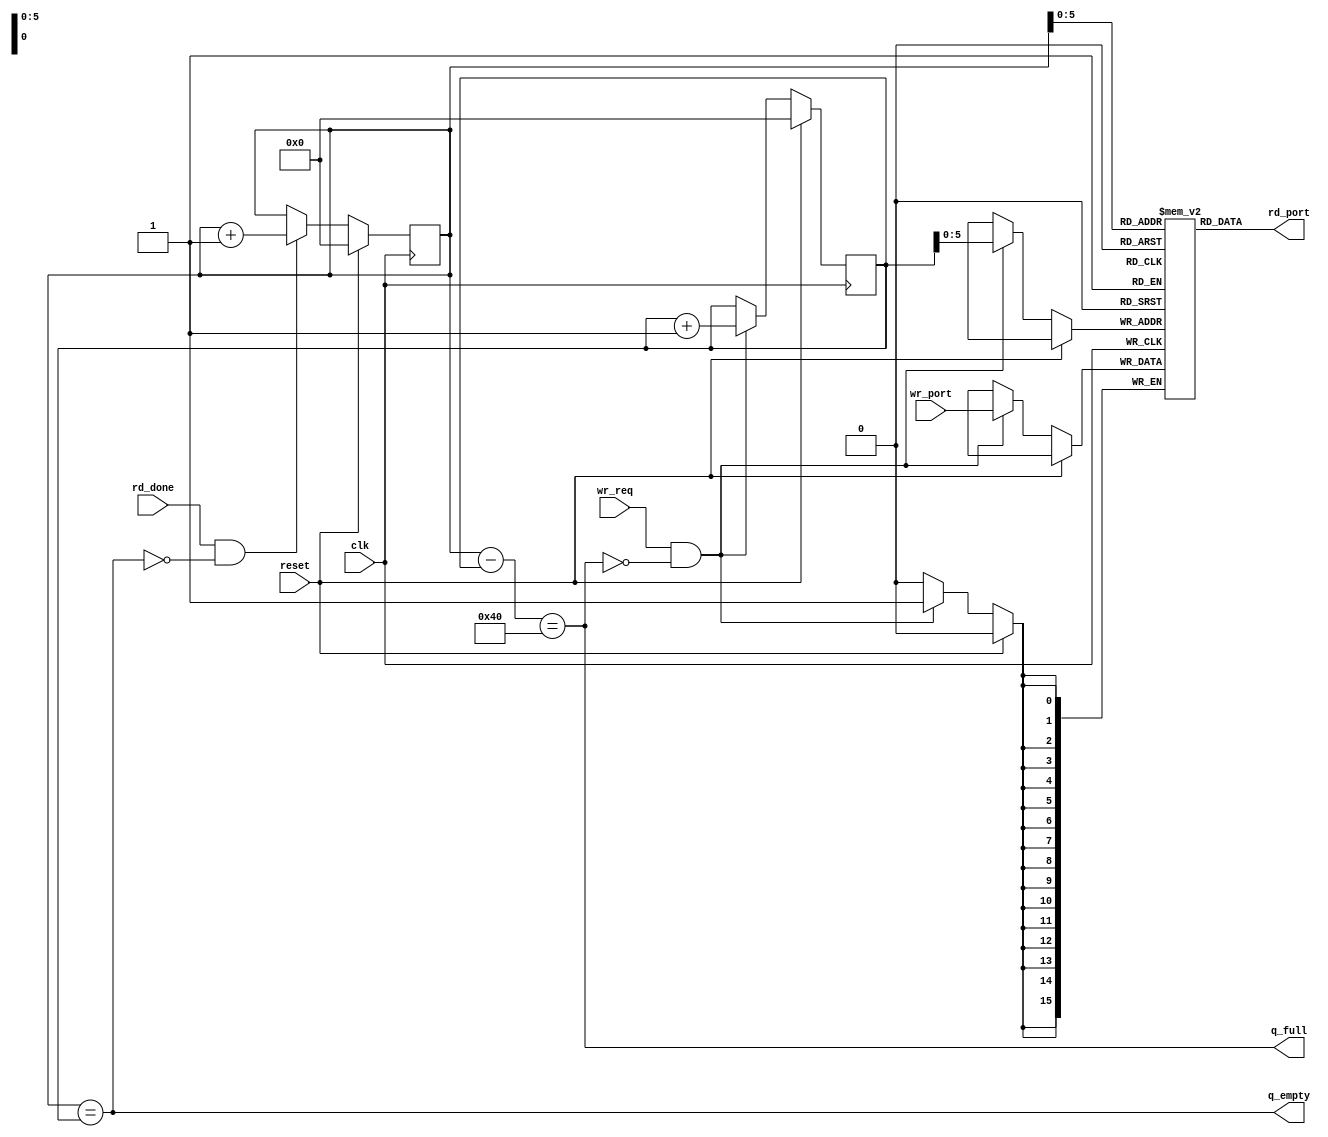
module fifo #(parameter width = 16)
(
	input clk,
	input reset,

	// Write port
	input  [(width-1):0] wr_port,  // Data in port
	input                wr_req,   // Request to add data into the queue
	output               q_full,   // The queue is full (cannot write any more)

	// Read port
	output [(width-1):0] rd_port,  // Next data in the queue
	output               q_empty,  // The queue is empty! (cannot read!)
	input                rd_done   // The user read the current data within the queue
);

parameter nentries =     64;
parameter entrysz =       6;  // Log(entries) (wrap bit)

initial $dumpvars(0, write_ptr);
initial $dumpvars(0, read_ptr);

// The MSB bit of the rd/wr pointer is used for wraping purposes
// So when rd=wr means it's empty and when wr = rd + N (where N is
// queue size) means that it's full.

// Mantain an entry buffer, and write pointer
wire [entrysz:0]    nentries_bus;
reg [(width-1):0]   entries [0:(nentries-1)];

reg  [entrysz:0]    write_ptr, read_ptr;
wire [entrysz:0]    next_write_ptr, next_read_ptr;

assign nentries_bus = nentries;

assign q_full = (read_ptr - write_ptr) == nentries_bus;
assign q_empty = (read_ptr == write_ptr);

assign next_write_ptr = write_ptr + 1'b1;  // Advance write pointer
assign next_read_ptr = read_ptr + 1'b1;    // Advance read ptr

always @(posedge clk)
begin
	if (reset) begin
		write_ptr <= 0;
		read_ptr <= 0;
	end else begin
		if (wr_req && !q_full) begin
			write_ptr <= next_write_ptr;
			entries[write_ptr[(entrysz-1):0]] <= wr_port;
		end
		if (rd_done && !q_empty) begin
			read_ptr <= next_read_ptr;
		end
	end
end

// Read logic
assign rd_port = entries[read_ptr[(entrysz-1):0]];

endmodule